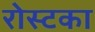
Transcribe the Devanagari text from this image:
रोस्टका